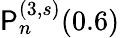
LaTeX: \mathsf{P}_{n}^{(3,s)}(0.6)